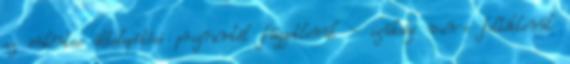
az önkéntes áttelepítési programtól függetlenül - szükség van-e feltétlenül